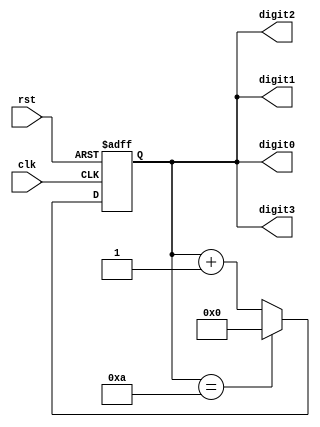
module bcd_counter(
    input clk,
    input rst,

    output reg [3:0] digit0,
    output reg [3:0] digit1,
    output reg [3:0] digit2,
    output reg [3:0] digit3
);

reg [3:0] count;

always @(posedge clk or posedge rst) begin
    if (rst) begin
        count <= 4'b0000;
    end else begin
        count <= count + 1;
        if(count == 4'b1010) begin
            count <= 4'b0000;
        end
    end
end

assign digit0 = count[3:0];
assign digit1 = count[3:0];
assign digit2 = count[3:0];
assign digit3 = count[3:0];

endmodule